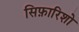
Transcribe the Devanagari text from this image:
सिफ़ारिशो